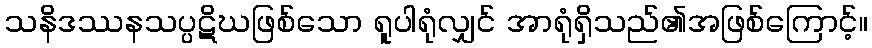
သနိဒဿနသပ္ပဋိဃဖြစ်သော ရူပါရုံလျှင် အာရုံရှိသည်၏အဖြစ်ကြောင့်။